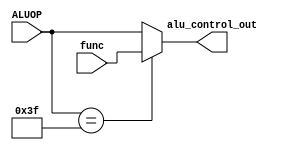
module ALU_control(ALUOP,func,alu_control_out);

input [5:0] ALUOP;
input [5:0] func;
output reg [5:0] alu_control_out;

always@(ALUOP,func)
begin
    if(ALUOP == 6'b111111)
        begin
            alu_control_out = func;
        end
    else
        begin 
            alu_control_out = ALUOP;
        end

end


endmodule